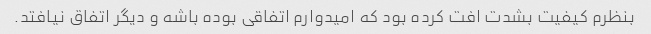
بنظرم کیفیت بشدت افت کرده بود که امیدوارم اتفاقی بوده باشه و دیگر اتفاق نیافتد.